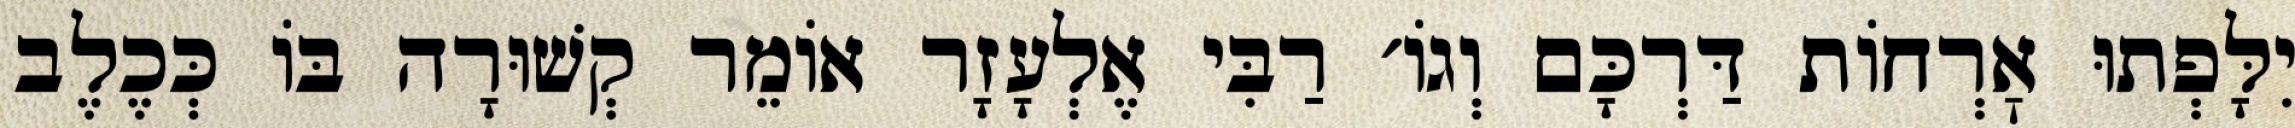
יִלָּפְתוּ אׇרְחוֹת דַּרְכָּם וְגוֹ׳ רַבִּי אֶלְעָזָר אוֹמֵר קְשׁוּרָה בּוֹ כְּכֶלֶב